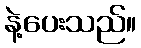
နဲ့ပေးသည်။